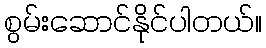
စွမ်းဆောင်နိုင်ပါတယ်။